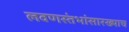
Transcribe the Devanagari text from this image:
लवणस्तंभांसारख्याच